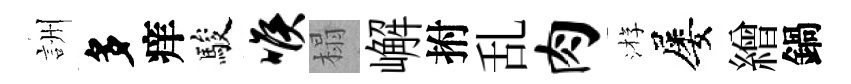
詶多痒駿喉榻嶰拊乱肉㳺屡繒鍋